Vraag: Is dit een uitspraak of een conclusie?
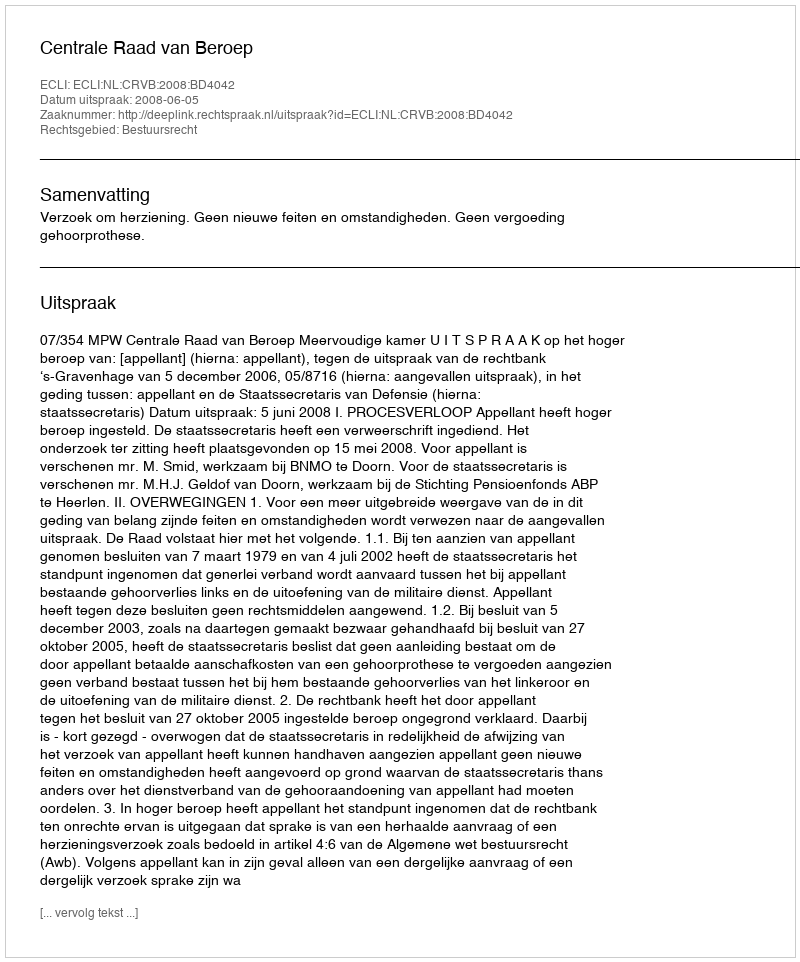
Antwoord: Uitspraak